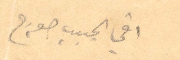
أخي الحبيب جورج